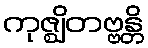
ကုဇ္ဈိတဗ္ဗန္တိ